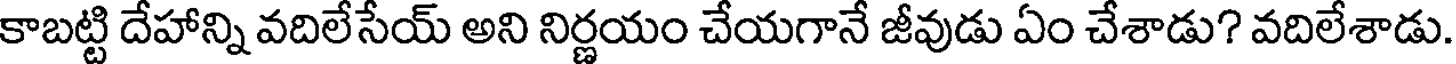
కాబట్టి దేహాన్ని వదిలేసేయ్ అని నిర్ణయం చేయగానే జీవుడు ఏం చేశాడు? వదిలేశాడు.